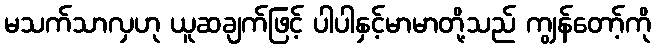
မသက်သာလှဟု ယူဆချက်ဖြင့် ပါပါနှင့်မာမာတို့သည် ကျွန်တော့်ကို